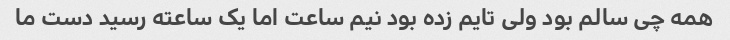
همه چی سالم بود ولی تایم زده بود نیم ساعت اما یک ساعته رسید دست ما